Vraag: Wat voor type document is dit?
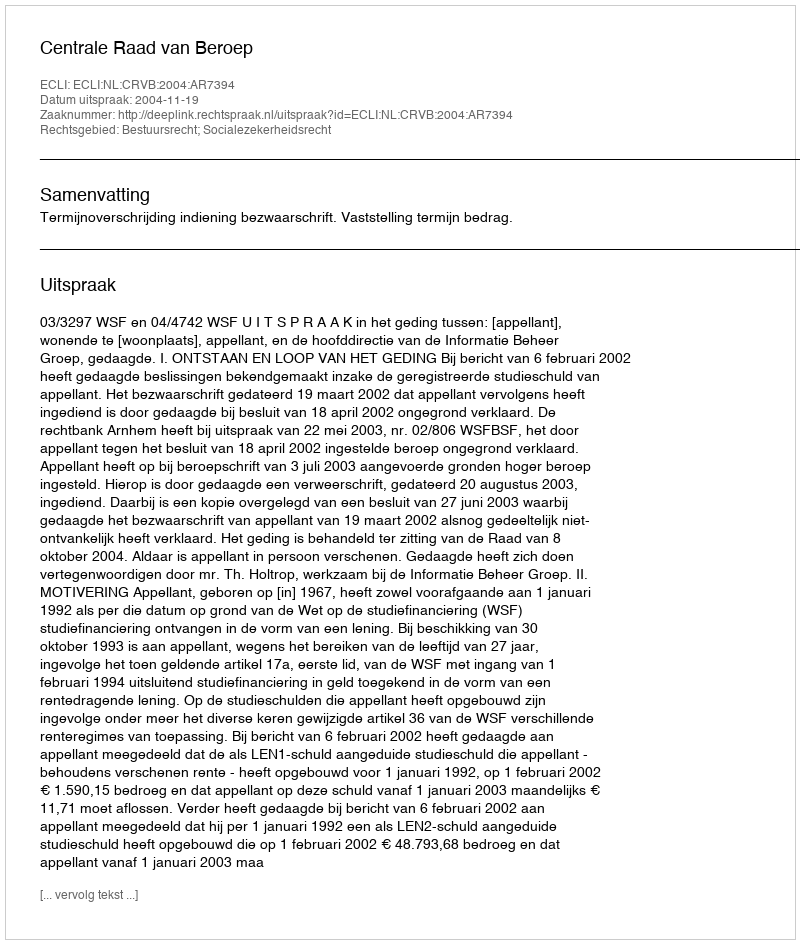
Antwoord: Uitspraak